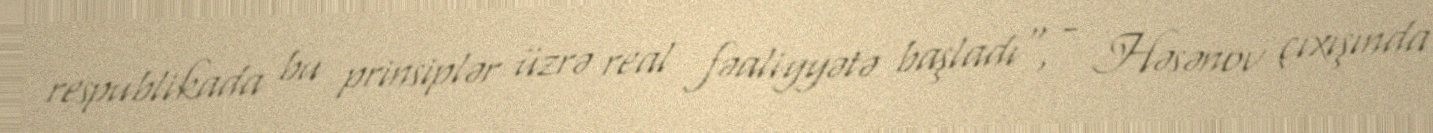
respublikada bu prinsiplər üzrə real fəaliyyətə başladı", - Həsənov çıxışında